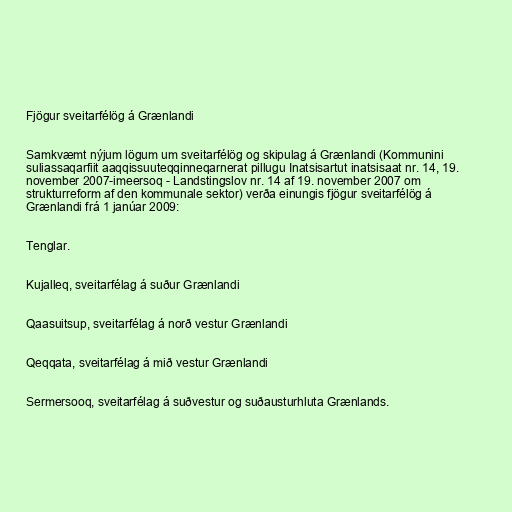
Fjögur sveitarfélög á Grænlandi

Samkvæmt nýjum lögum um sveitarfélög og skipulag á Grænlandi (Kommunini
suliassaqarfiit aaqqissuuteqqinneqarnerat pillugu Inatsisartut inatsisaat nr. 14, 19.
november 2007-imeersoq - Landstingslov nr. 14 af 19. november 2007 om
strukturreform af den kommunale sektor) verða einungis fjögur sveitarfélög á
Grænlandi frá 1 janúar 2009:

Tenglar.

Kujalleq, sveitarfélag á suður Grænlandi

Qaasuitsup, sveitarfélag á norð vestur Grænlandi

Qeqqata, sveitarfélag á mið vestur Grænlandi

Sermersooq, sveitarfélag á suðvestur og suðausturhluta Grænlands.